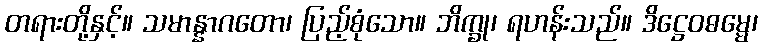
တရားတို့နှင့်။ သမာန္နာဂတော၊ ပြည့်စုံသော။ ဘိက္ခု၊ ရဟန်းသည်။ ဒိဋ္ဌေဝဓမ္မေ၊